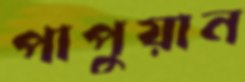
পাপুয়ান